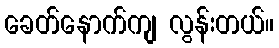
ခေတ်နောက်ကျ လွန်းတယ်။